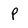
Character: p